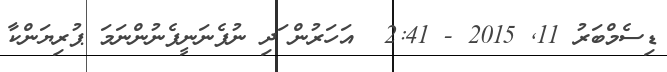
ޑިސެމްބަރު 11